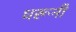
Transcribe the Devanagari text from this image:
धरूनी